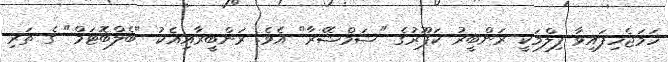
ހަމަޖެހިފައިވާ ފިލްމަކީ ރަންބީރު ކަޕޫރުގެ "ޝަމްޝޭރާ" އެވެ. ރަންބީރާއިއެކު "ބެލްބޮޓަމް" ގެ ތަރި